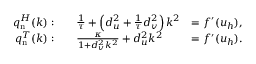
{ \begin{array} { r l r } { q _ { \mathrm { n } } ^ { H } ( k ) : } & { \quad { \frac { 1 } { \tau } } + \left( d _ { u } ^ { 2 } + { \frac { 1 } { \tau } } d _ { v } ^ { 2 } \right) k ^ { 2 } } & { = f ^ { \prime } ( u _ { h } ) , } \\ { q _ { \mathrm { n } } ^ { T } ( k ) : } & { \quad { \frac { \kappa } { 1 + d _ { v } ^ { 2 } k ^ { 2 } } } + d _ { u } ^ { 2 } k ^ { 2 } } & { = f ^ { \prime } ( u _ { h } ) . } \end{array} }